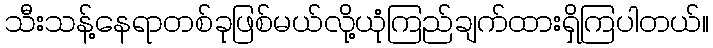
သီးသန့်နေရာတစ်ခုဖြစ်မယ်လို့ယုံကြည်ချက်ထားရှိကြပါတယ်။